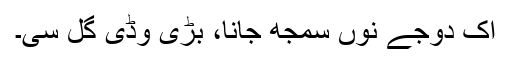
اک دُوجے نوں سمجھ جانا، بڑی وڈی گل سی۔